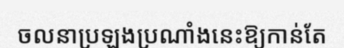
ចលនាប្រឡងប្រណាំងនេះឱ្យកាន់តែ